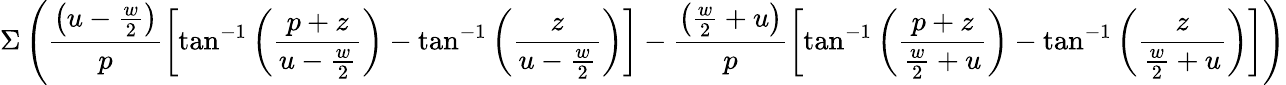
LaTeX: \Sigma\left(\frac{\left(u-\frac{w}{2}\right)}{p}\left[\tan^{-1}\left(\frac{p+z}{u-\frac{w}{2}}\right)-\tan^{-1}\left(\frac{z}{u-\frac{w}{2}}\right)\right]-\frac{\left(\frac{w}{2}+u\right)}{p}\left[\tan^{-1}\left(\frac{p+z}{\frac{w}{2}+u}\right)-\tan^{-1}\left(\frac{z}{\frac{w}{2}+u}\right)\right]\right)